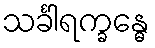
သင်္ခါရက္ခန္ဓေ